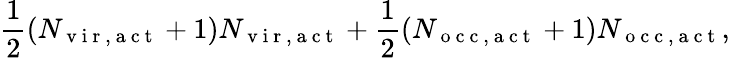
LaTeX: \frac{1}{2}(N_{\mathrm{~v~i~r~,~a~c~t~}}+1)N_{\mathrm{~v~i~r~,~a~c~t~}}+\frac{1}{2}(N_{\mathrm{~o~c~c~,~a~c~t~}}+1)N_{\mathrm{~o~c~c~,~a~c~t~}},